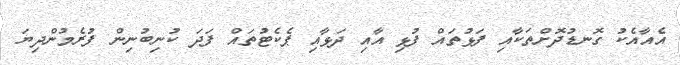
އެއާއެކު ގޮނޑުދޮށްތަކާއި ފަޅުތައް ފުޅި އާއި ދަޅާއި ޕެކެޓުތައް ފަދަ ކުނިބުނިން ފުރެމުންދިޔަ